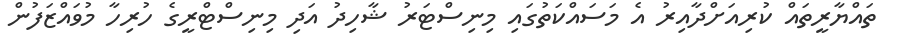
ތައްޔާރީތައް ކުރިއަށްދާއިރު އެ މަސައްކަތުގައި މިނިސްޓަރު ޝާހިދު އަދި މިނިސްޓްރީގެ ހުރިހާ މުވައްޒަފުން